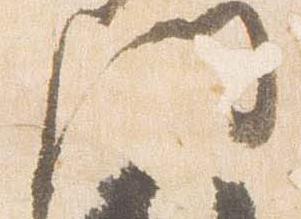
門